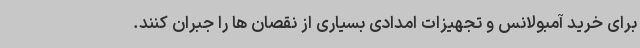
برای خرید آمبولانس و تجهیزات امدادی بسیاری از نقصان ها را جبران کنند.